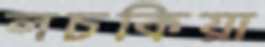
লচকিয়া